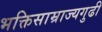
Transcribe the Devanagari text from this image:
भक्तिसाम्राज्यगुढी